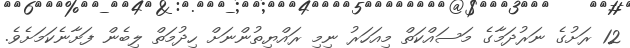
12 ރަށުގެ ނަރުދަމާގެ މަސައްކަތް މިއަހަރު ނިމި ރައްޔިތުންނަށް ހިދުމަތް ލިބެން ފަށާނެކަމަށެވެ.